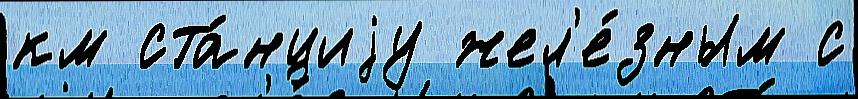
км ста́нциjу жел'е́зным с